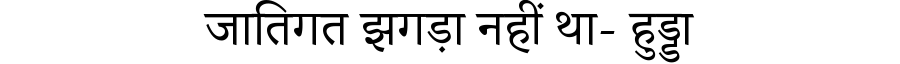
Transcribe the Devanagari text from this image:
जातिगत झगड़ा नहीं था- हुड्डा